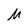
Character: M